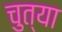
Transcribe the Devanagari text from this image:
चुत्या